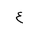
Letter: _ayn